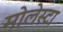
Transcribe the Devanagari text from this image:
मोलेस्टा